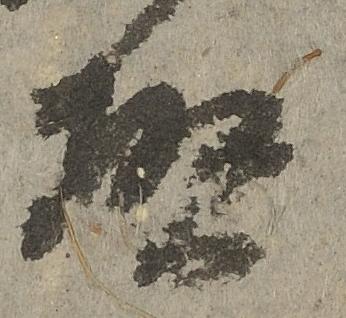
啓